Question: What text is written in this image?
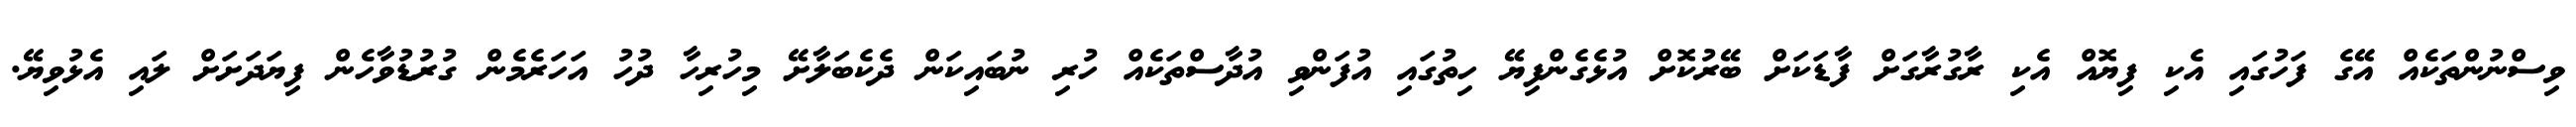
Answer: ވިސްނުންތަކެއް އޭގެ ފަހުގައި އެކި ފިޔޮއް އެކި ރާގުރާގަށް ފާޑަކަށް ބޭރުކޮށް އުޅެގެންފިޔޭ ހިތުގައި އުފަންވި އުދާސްތަކެއް ހުރި ނުބައިކަން ދެކެބަލާށޭ މިހުރިހާ ދުހު އަހަރެމެން ގުރުޑުވާހެން ފިޔަދަށަށް ލައި އެޅުވިޔޭ.